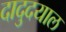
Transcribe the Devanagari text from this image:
दादुदयाल